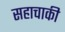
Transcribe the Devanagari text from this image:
सहाचाकी